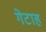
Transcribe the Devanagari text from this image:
गेटाह